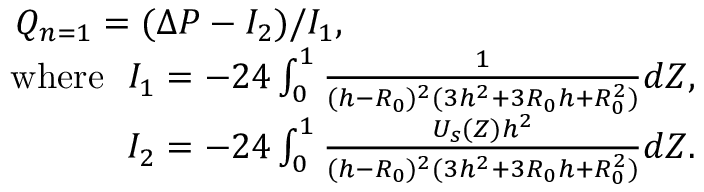
\begin{array} { r } { Q _ { n = 1 } = ( \Delta P - I _ { 2 } ) / I _ { 1 } , ~ ~ ~ ~ ~ ~ ~ ~ ~ ~ ~ ~ ~ ~ ~ ~ ~ ~ ~ ~ ~ ~ ~ ~ ~ ~ ~ ~ ~ } \\ { \mathrm { w h e r e } ~ ~ I _ { 1 } = - 2 4 \int _ { 0 } ^ { 1 } \frac { 1 } { ( h - R _ { 0 } ) ^ { 2 } ( 3 h ^ { 2 } + 3 R _ { 0 } h + R _ { 0 } ^ { 2 } ) } d Z , } \\ { I _ { 2 } = - 2 4 \int _ { 0 } ^ { 1 } \frac { U _ { s } ( Z ) h ^ { 2 } } { ( h - R _ { 0 } ) ^ { 2 } ( 3 h ^ { 2 } + 3 R _ { 0 } h + R _ { 0 } ^ { 2 } ) } d Z . } \end{array}